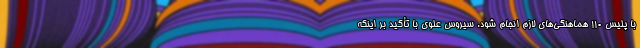
با پلیس 110 هماهنگی‌های لازم انجام شود. سیروس علوی با تأکید بر اینکه